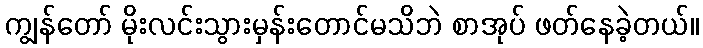
ကျွန်တော် မိုးလင်းသွားမှန်းတောင်မသိဘဲ စာအုပ် ဖတ်နေခဲ့တယ်။